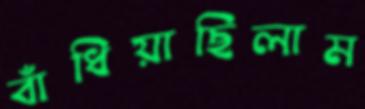
বাঁধিয়াছিলাম